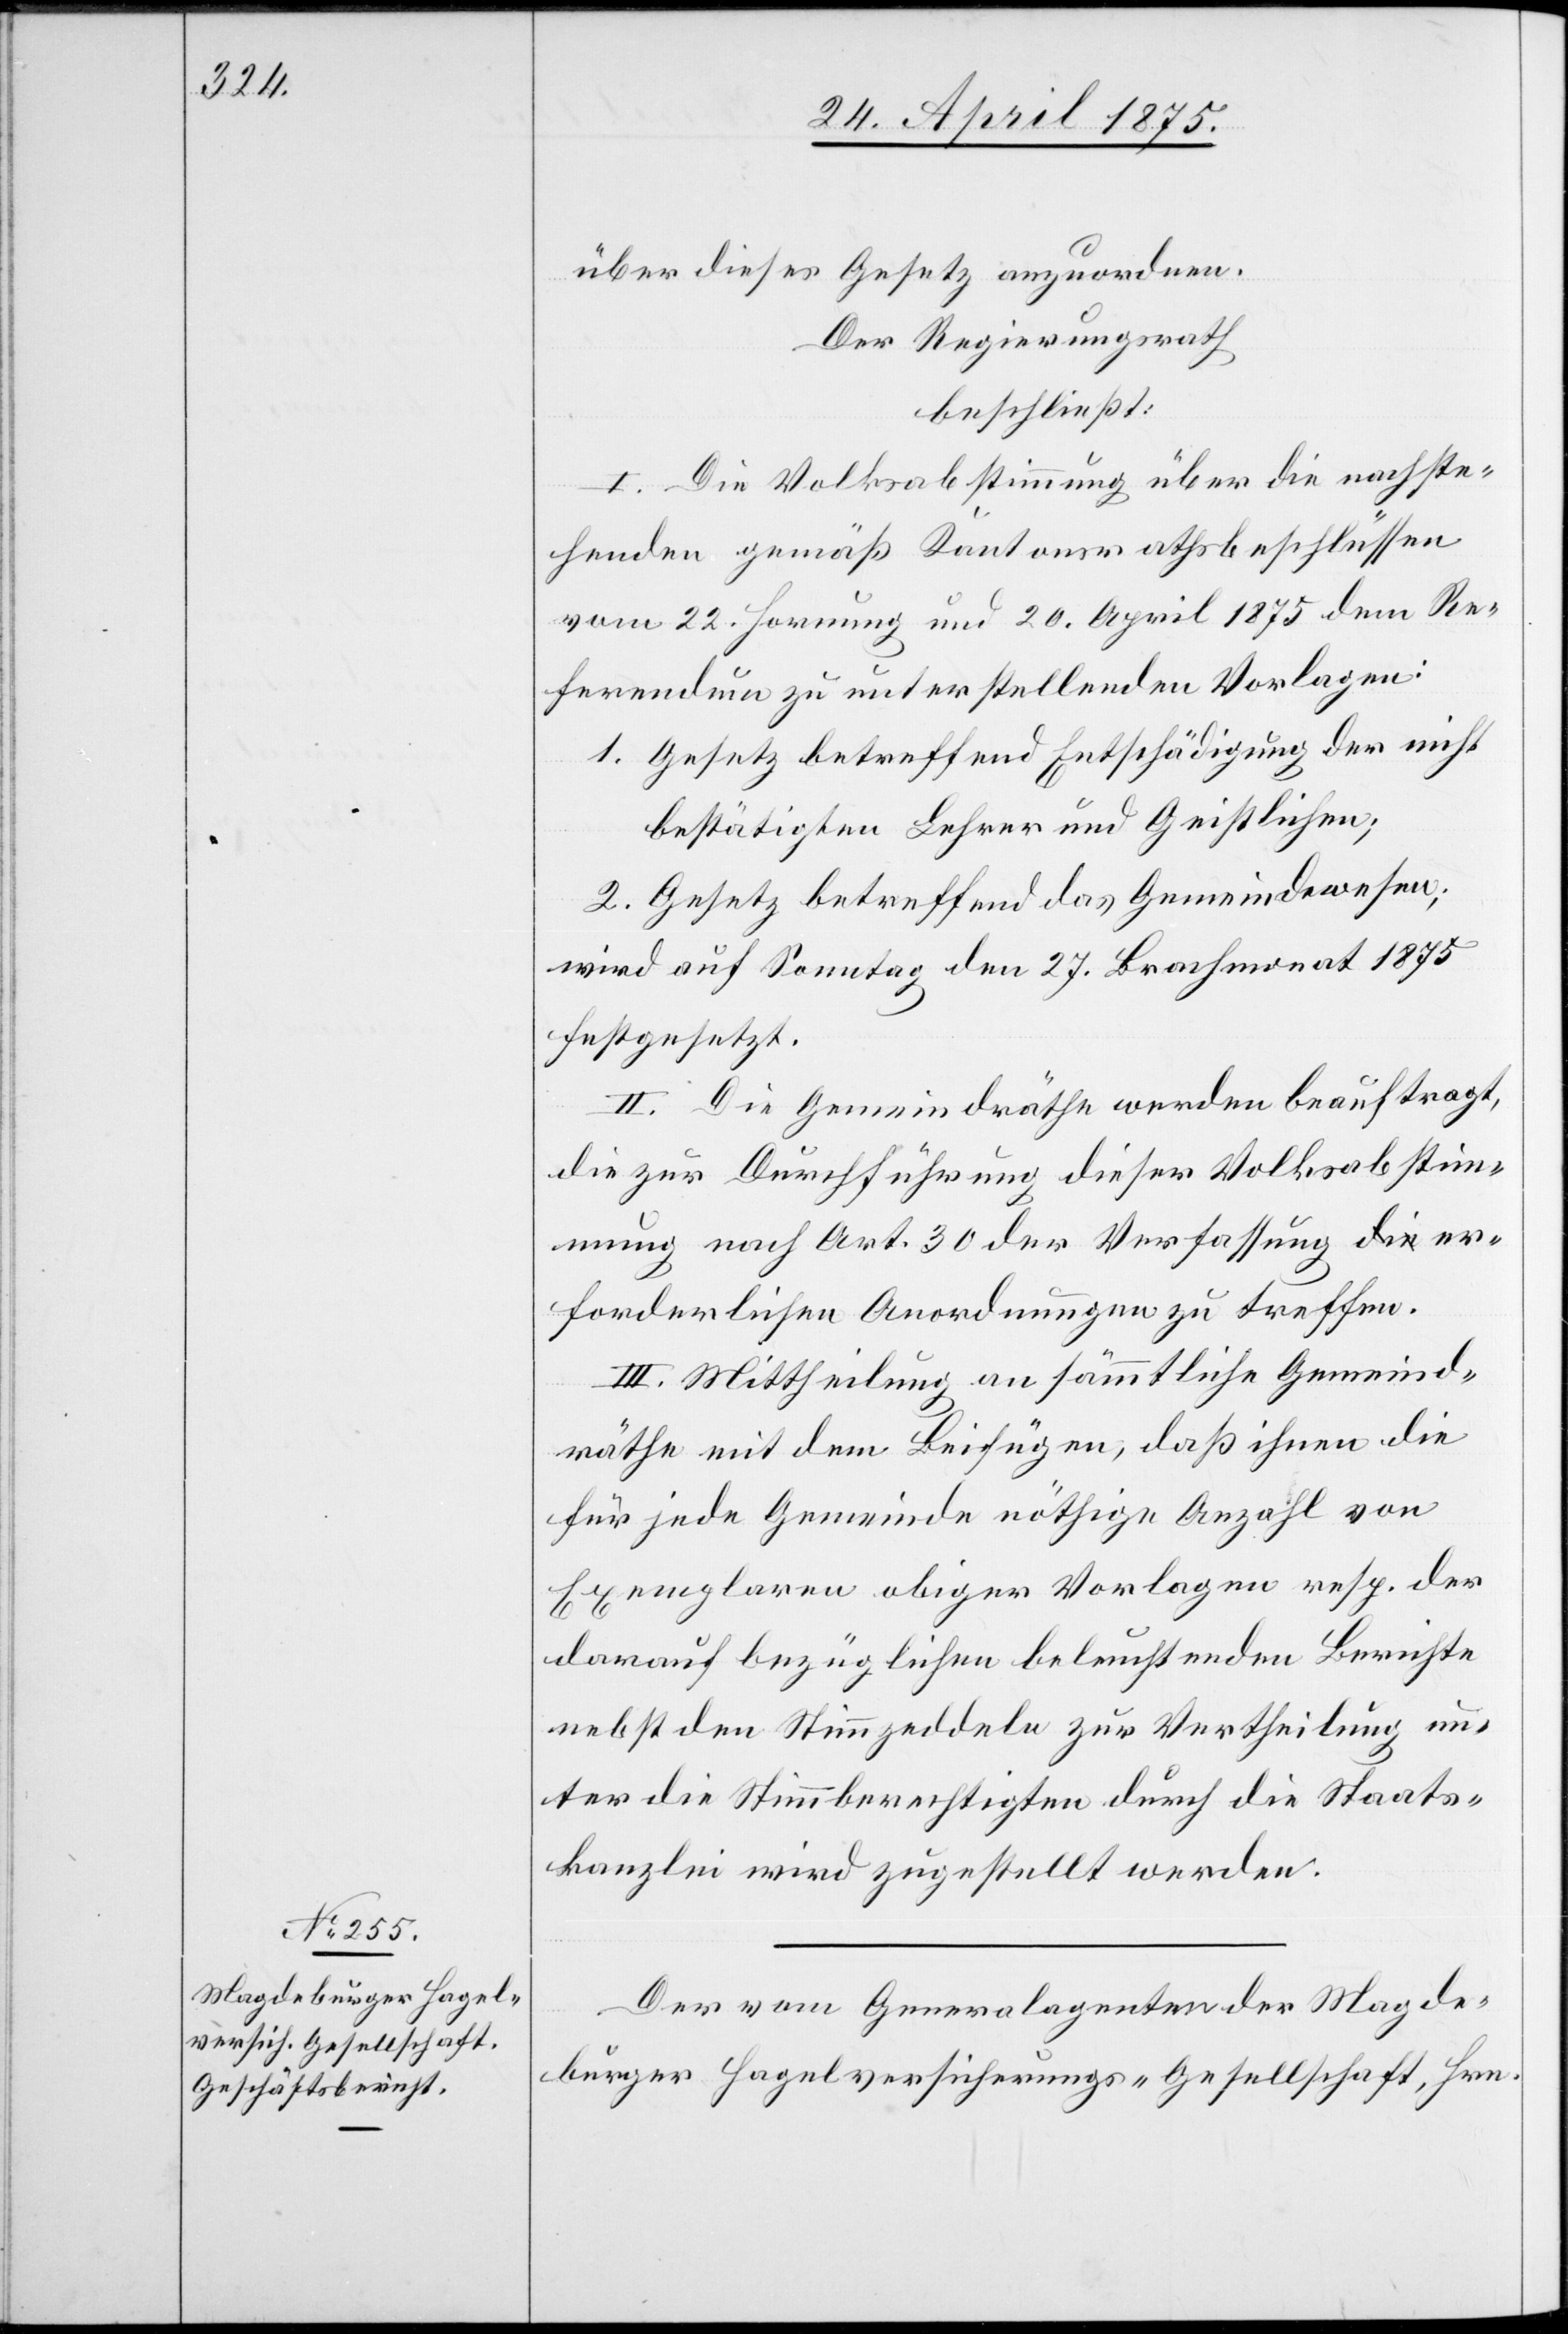
über dieses Gesetz anzuordnen.
Der Regierungsrath
beschließt:
I. Die Volksabstimmung über die nachste¬
henden gemäß Kantonsrathsbeschlüssen
vom 22. Hornung und 20. April 1875 dem Re¬
ferendum zu unterstellenden Vorlagen:
1. Gesetz betreffend Entschädigung der nicht
bestätigten Lehrer und Geistlichen;
2. Gesetz betreffend das Gemeindewesen;
wird auf Sonntag den 27. Brachmonat 1875
festgesetzt.
II. Die Gemeindräthe werden beauftragt,
die zur Durchführung dieser Volksabstim¬
mung nach Art. 30 der Verfassung er¬
forderlichen Anordnungen zu treffen.
III. Mittheilung an sämmtliche Gemeind¬
räthe mit dem Beifügen, daß ihnen die
für jede Gemeinde nöthige Anzahl von
Exemplaren obiger Vorlagen resp. der
darauf bezüglichen beleuchtenden Berichte
nebst den Stimmzeddeln zur Vertheilung un¬
ter die Stimmberechtigten durch die Staats¬
kanzlei wird zugestellt werden.
Der vom Generalagenten Magde¬
burger Hagelversicherungs-Gesellschaft, Hrn.